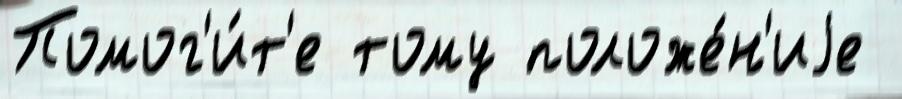
Помог'и́т'е тому положе́н'иjе